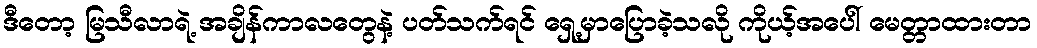
ဒီတော့ မြသီလာရဲ့ အချိန်ကာလတွေနဲ့ ပတ်သက်ရင် ရှေ့မှာပြောခဲ့သလို ကိုယ့်အပေါ် မေတ္တာထားတာ